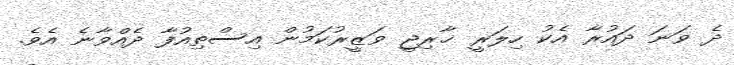
ދެ ވަނަ ދައުރާ އެކު ހިލަރީ ޚާރިޖީ ވަޒީރުކަމުން އިސްތިއުފާ ދެއްވާނެ އެވެ.